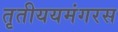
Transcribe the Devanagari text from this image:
तृतीययमंगरस